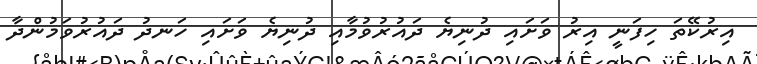
އިރުކޭތަ ހިފަނީ އިރު ވަށައި ދުނިޔެ ދައުރުވުމާއި ދުނިޔެ ވަށައި ހަނދު ދައުރުވަމުންދާ